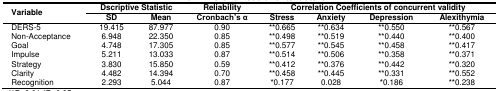
| <ROWSPAN=3> Variable | <COLSPAN=2> Dscriptive Statistic | Reliability | <COLSPAN=4> Correlation Coefficients of concurrent validity |
 | SD | Mean | Cronbach’s α | Stress | Anxiety | Depression | Alexithymia |
 | --- | --- | --- | --- | --- | --- | --- | --- |
 | DERS-5 | 19.415 | 87.977 | 0.90 | **0.665 | **0.634 | **0.550 | **0.567 |
 | Non-Acceptance | 6.948 | 22.350 | 0.85 | **0.498 | **0.519 | **0.440 | **0.400 |
 | Goal | 4.748 | 17.305 | 0.85 | **0.577 | **0.545 | **0.458 | **0.417 |
 | Impulse | 5.211 | 13.033 | 0.87 | **0.514 | **0.506 | **0.358 | **0.371 |
 | Strategy | 3.830 | 15.850 | 0.59 | **0.412 | **0.376 | **0.442 | **0.320 |
 | Clarity | 4.482 | 14.394 | 0.70 | **0.458 | **0.445 | **0.331 | **0.552 |
 | Recognition | 2.293 | 5.044 | 0.87 | *0.177 | 0.028 | *0.186 | **0.238 |